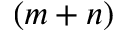
( m + n )